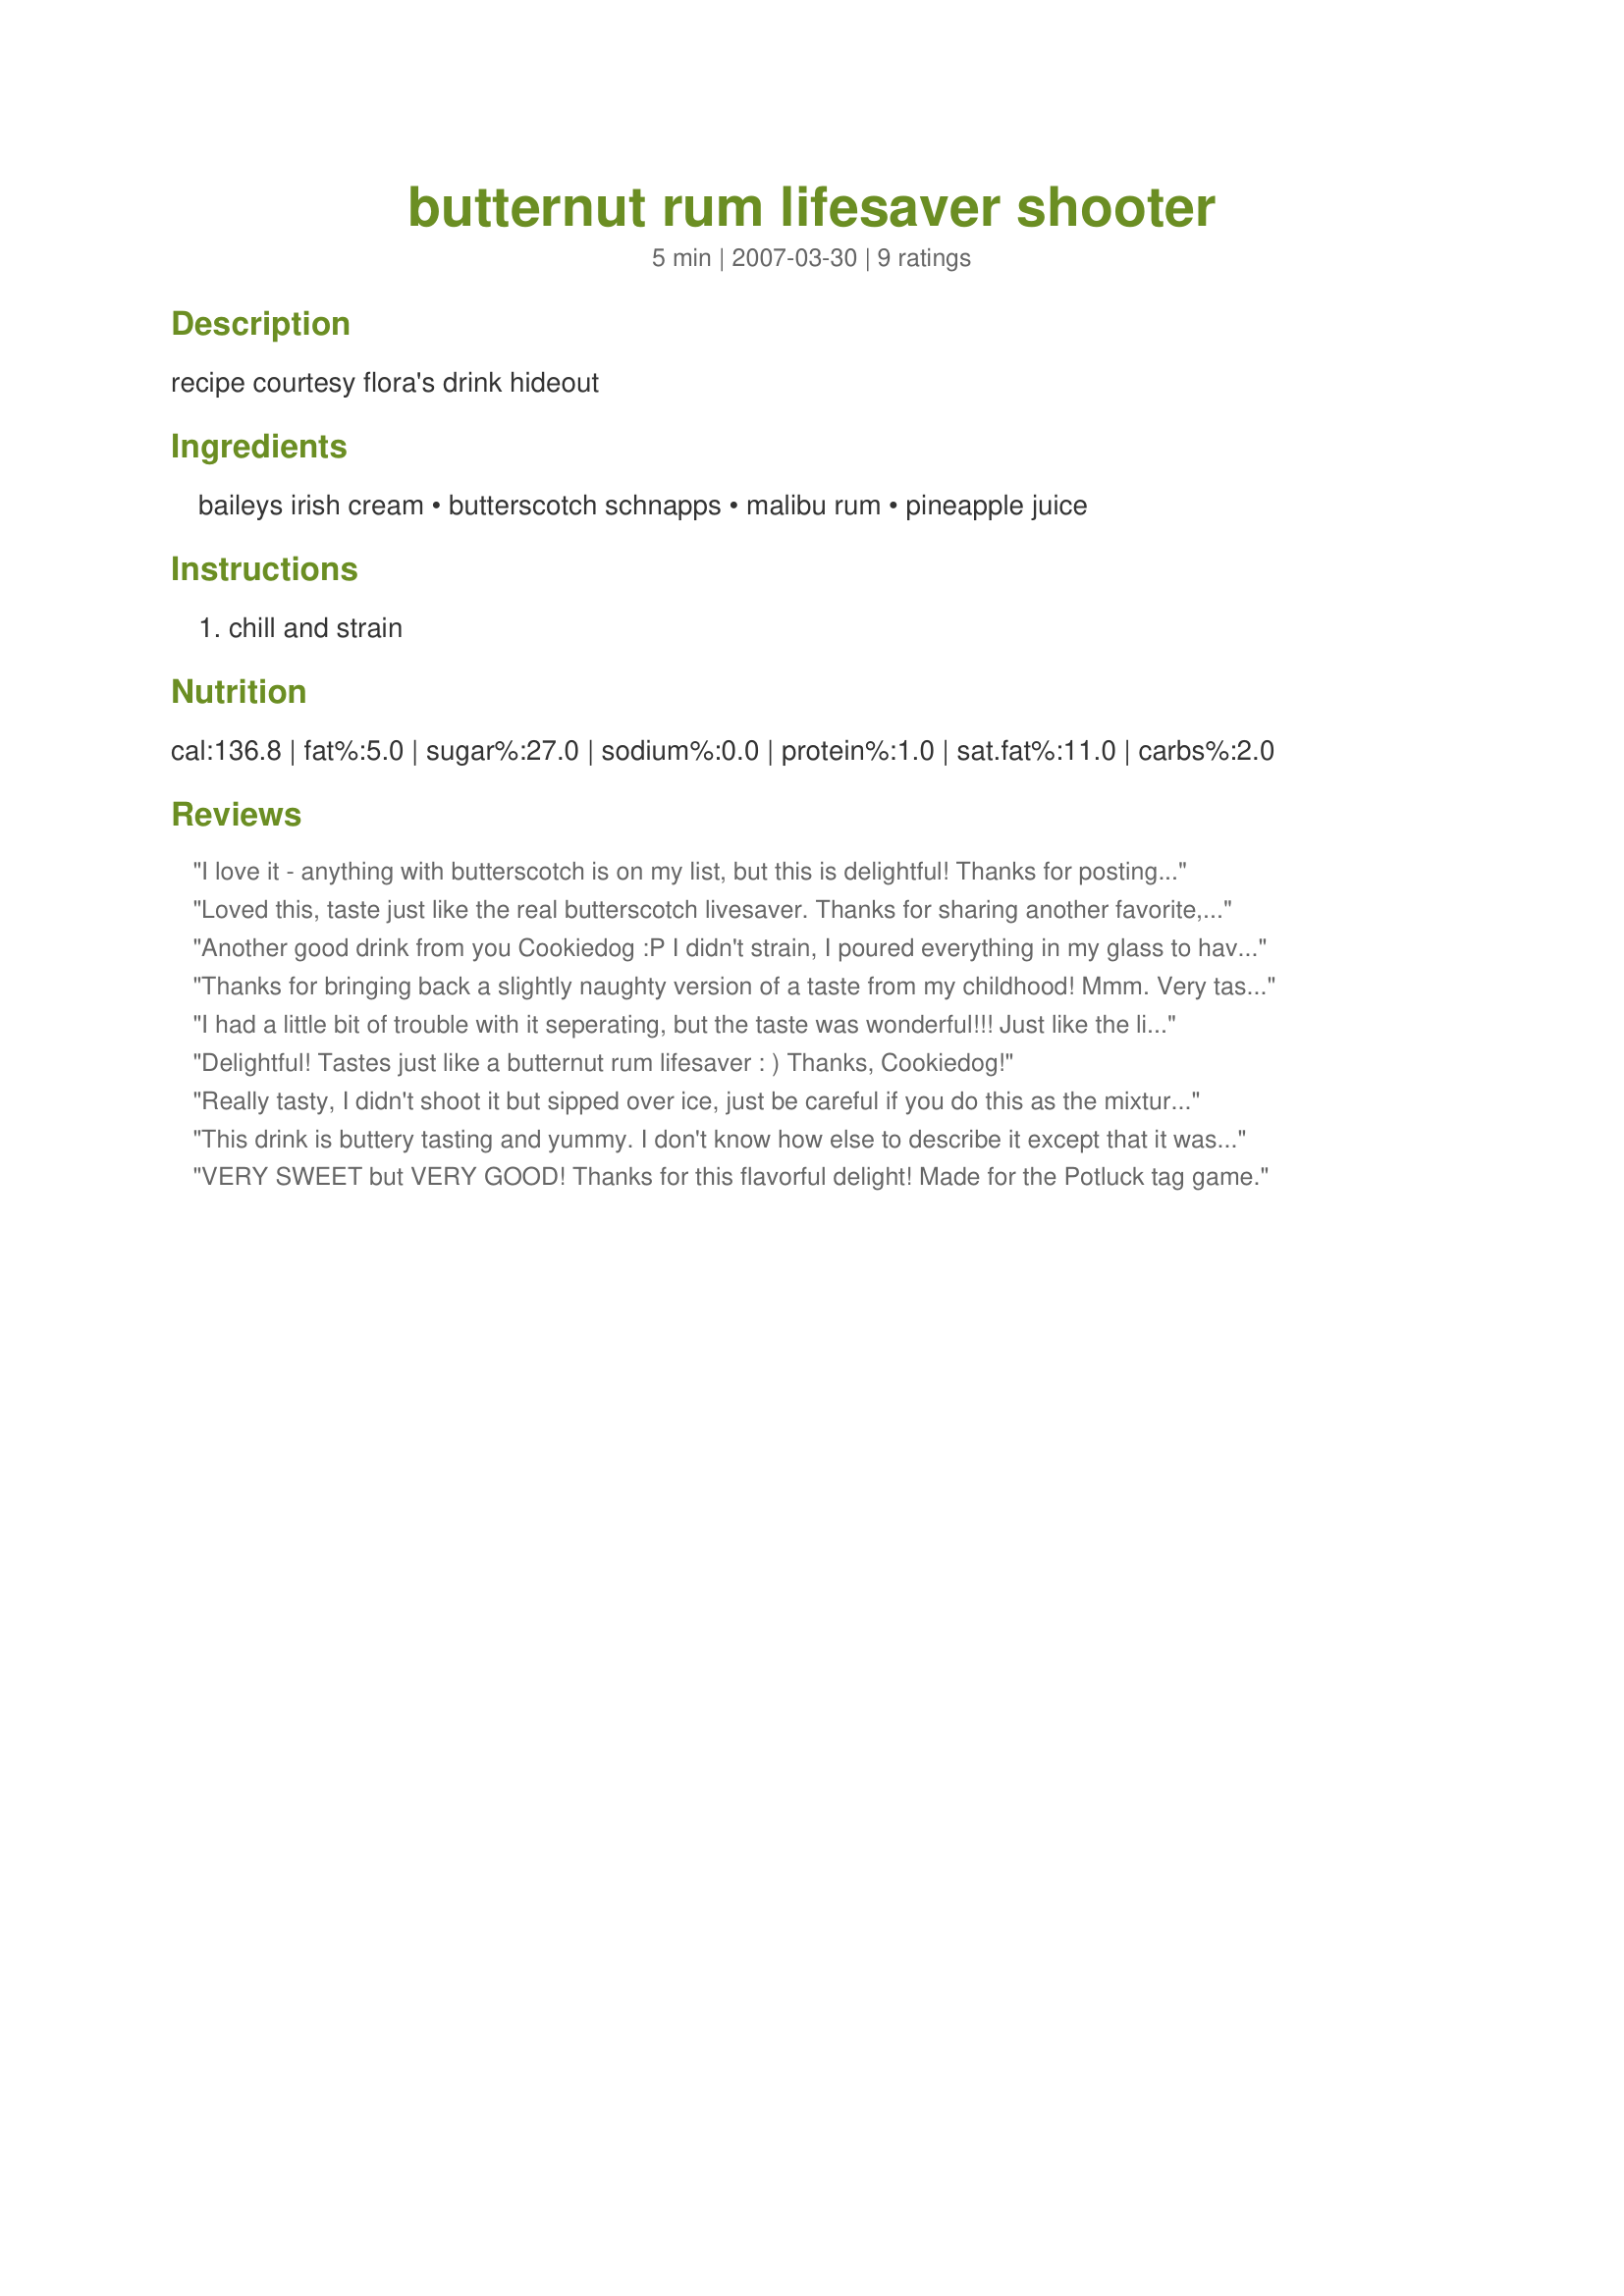
butternut rum lifesaver shooter
Preparation time: 5 minutes

recipe courtesy flora's drink hideout

Ingredients:
baileys irish cream, butterscotch schnapps, malibu rum, pineapple juice

Steps:
chill and strain

Reviews:
I love it - anything with butterscotch is on my list, but this is delightful! Thanks for posting a liquid treat!
Loved this, taste just like the real butterscotch livesaver. Thanks for sharing another favorite, great combo. YUM Cheers ~V
Another good drink from you Cookiedog :P I didn't strain, I poured everything in my glass to have more to sip. And I did half the drink. Perfect for a Monday night :) Thanks :)
Thanks for bringing back a slightly naughty version of a taste from my childhood! Mmm. Very tasty. Thanks Cookiedog!
I had a little bit of trouble with it seperating, but the taste was wonderful!!! Just like the lifesavor!!!! Thanks so much!!!
Delightful! Tastes just like a butternut rum lifesaver : ) Thanks, Cookiedog!
Really tasty, I didn't shoot it but sipped over ice, just be careful if you do this as the mixture curdles if left to sit too long. Thanks!
This drink is buttery tasting and yummy. I don't know how else to describe it except that it was rich and slid down nice and easy. Thanks for another great drink, CD!
VERY SWEET but VERY GOOD! Thanks for this flavorful delight! Made for the Potluck tag game.
